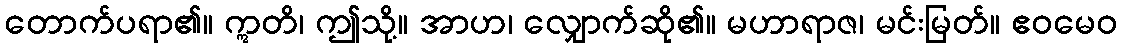
တောက်ပရာ၏။ ဣတိ၊ ဤသို့။ အာဟ၊ လျှောက်ဆို၏။ မဟာရာဇ၊ မင်းမြတ်။ ဧဝမေဝ